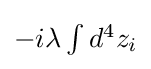
{\textstyle -i\lambda \int d^{4}z_{i}}